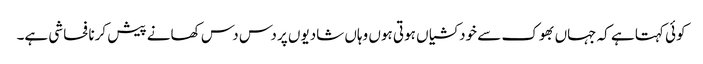
کوئی کہتا ہے کہ جہاں بھوک سے خودکشیاں ہوتی ہوں وہاں شادیوں پر دس دس کھانے پیش کرنا فحاشی ہے۔